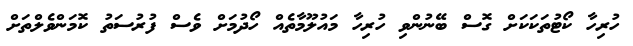
ހުރިހާ ކޯޓުތަކަކަށް ގޮސް ބޭނުންވި ހުރިހާ މައުލޫމާތެއް ހޯދުމަށް ވެސް ފުރުސަތު ކޮމަންވެލްތަށް